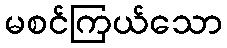
မစင်ကြယ်သော